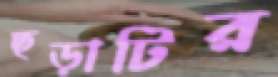
ছড়াটির